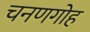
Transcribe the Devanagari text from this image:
चनणगोह